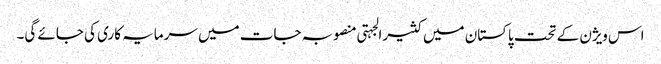
اس ویژن کے تحت پاکستان میں کثیرالجہتی منصوبہ جات میں سرمایہ کاری کی جائے گی۔